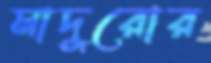
মাদুরোর